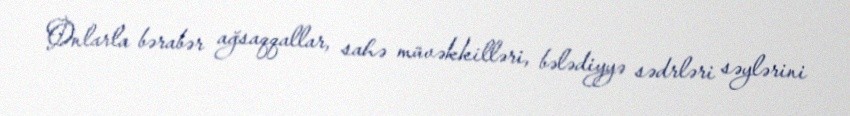
Onlarla bərabər ağsaqqallar, sahə müvəkkilləri, bələdiyyə sədrləri səylərini